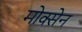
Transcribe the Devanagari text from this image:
मोक्सेन